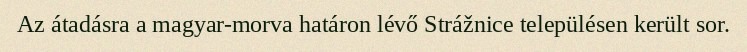
Az átadásra a magyar-morva határon lévő Strážnice településen került sor.